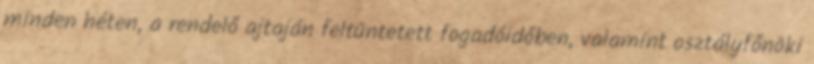
minden héten, a rendelő ajtaján feltüntetett fogadóidőben, valamint osztályfőnöki